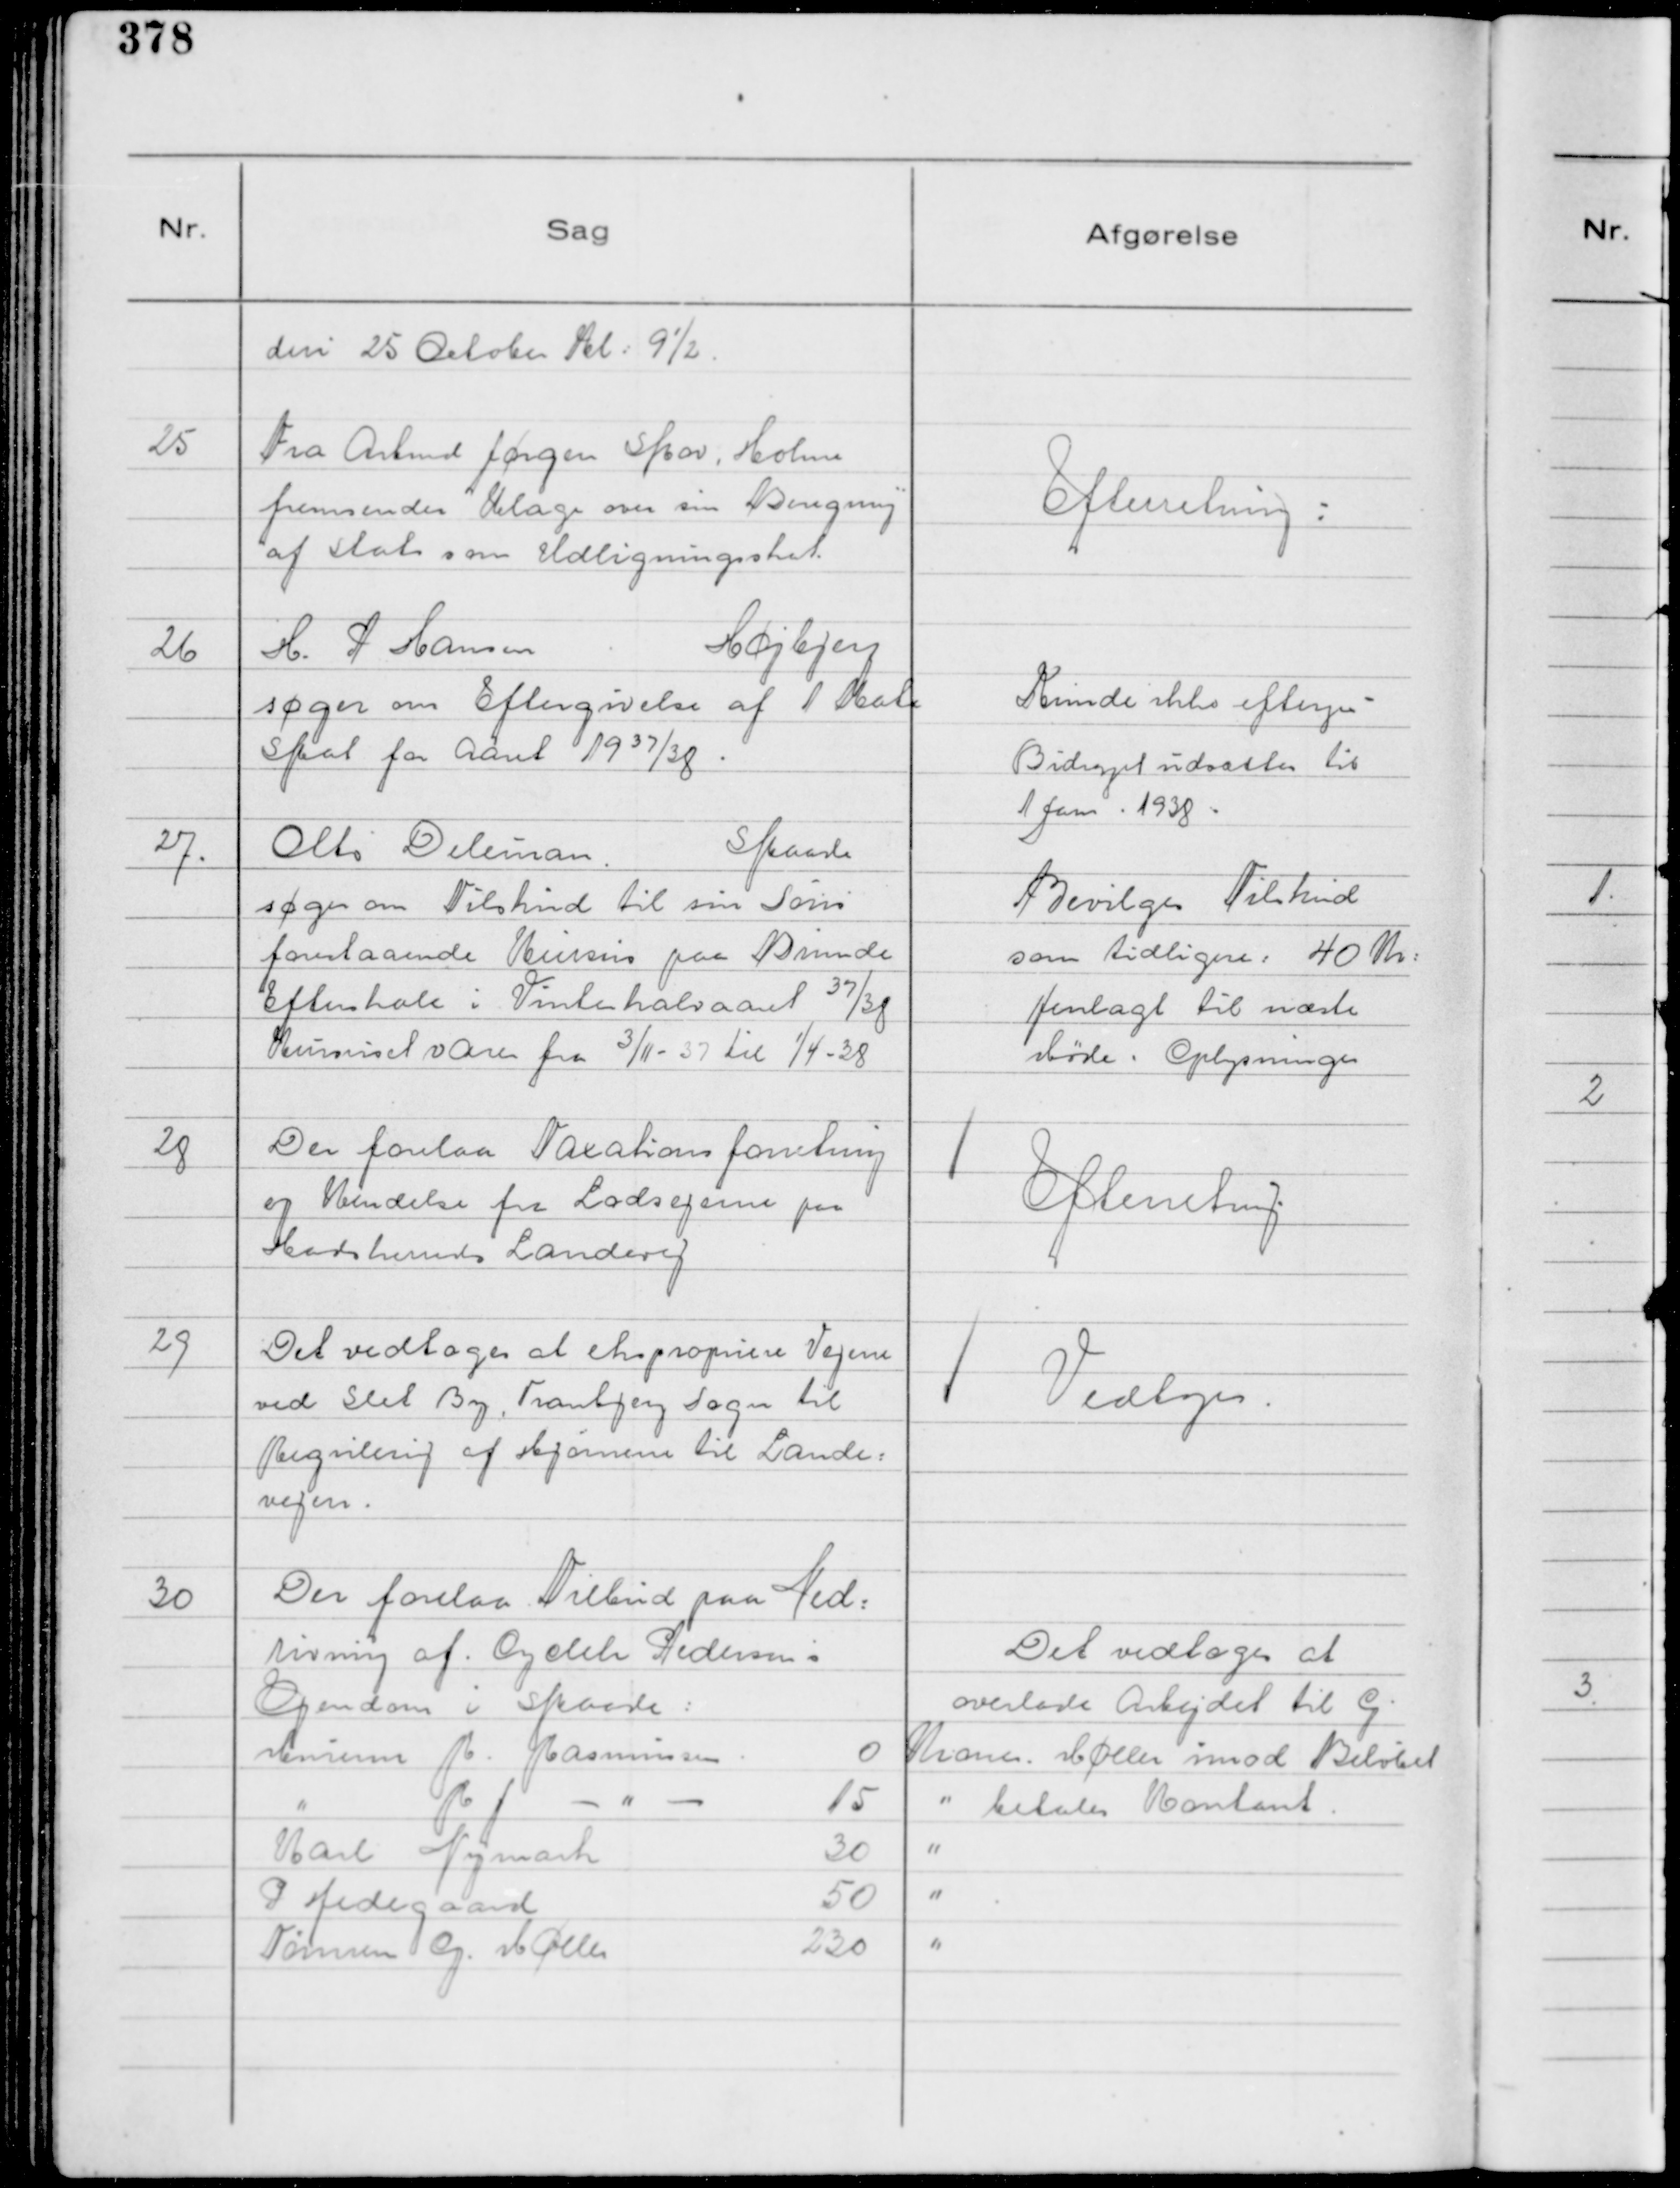
Transskription:
den 25 October Kl: 9½.

25
Fra Arbmd Jørgen Skov, Holme
fremsendes Klage over sin Beregning
af Stats som Udligningsskat.

Efterretning:

26
H. P Hansen
Højbjerg
søger om Eftergivelse af 1 Kvt
Skat for Aaret 1937/38.

Kunde ikke eftergis
Bidraget udsættes til
1 Jan. 1938.

27.
Otto Deleuran.
Skaade
søger om Tilskud til sin Søns
forestaaende Kursus paa Brinede
Efterskole i Vinterhalvaaret 37/38
Kursuset varer fra 3/11 - 37 til 1/4 - 38

Bevilges Tilskud
som tidligere: 40 Kr:
Henlagt til næste
Møde. Oplysninger

28
Der forelaa Taxationsforretning
og Kendelse fra Lodsejerne paa
Hadsherreds Landevej

Efterretning

29
Det vedtoges at ekspropriere Vejene
ved Slet By, Tranbjerg Sogn til
Regulering af Hjørnene til Lande=
vejen.

Vedtoges.

30
Der forelaa Tilbud paa Ned:
rivning af . Cycleh Pedersen's
Ejendom i Skaade:
Murerm R Rasmussen
0 Kroner.
" R J - " -
15 "
Karl Nymark
30 "
P Hedegaard
50 "
Tømrem G Møller
230 "

Det vedtoges at
overlade Arbejdet til G.
Møller imod Beløbet
betales Kontant.